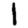
Digit: 1